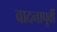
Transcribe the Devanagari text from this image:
वादनापूर्वी